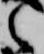
之